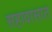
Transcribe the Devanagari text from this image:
सहावासात